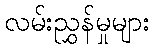
လမ်းညွှန်မှုများ